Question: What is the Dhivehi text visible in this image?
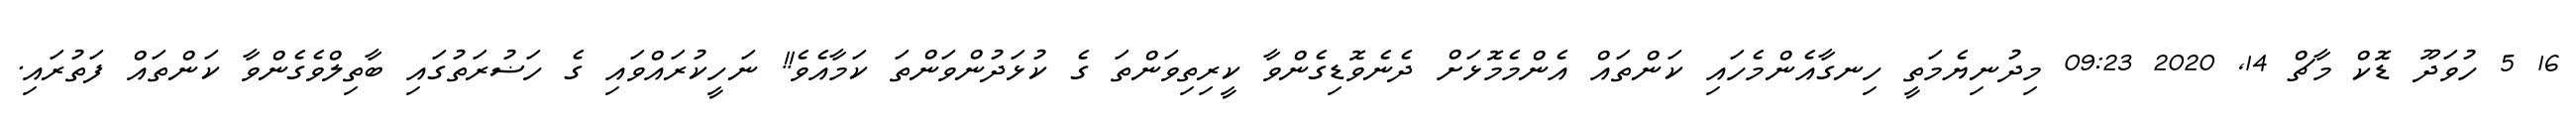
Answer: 16 5 ހުވަދޫ ޑޮކް މާޗް 14, 2020 09:23 މިދުނިޔެމަތީ ހިނގާއެންމެހައި ކަންތައް އެންމެމޮޅަށް ދެނެވޮޑިގެންވާ ކީރިތިވަންތަ ގެ ކުޅަދުންވަންތަ ކަމާއެވެ!! ނަހީކުރައްވައި ގެ ހަޟުރަތުގައި ބާތިލްވެގެންވާ ކަންތައް ފަތުރައި.